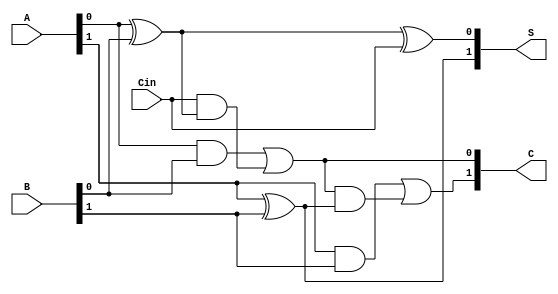
module dynamic_carry_save_adder (
    input  [1:0] A,      // Operand A
    input  [1:0] B,      // Operand B
    input  Cin,          // Carry-in
    output [1:0] S,      // Sum output
    output [1:0] C       // Carry output
);

    wire [1:0] partial_sum; // Intermediate sum
    wire [1:0] carry_out;    // Intermediate carry

    // Calculate partial sums using XOR
    assign partial_sum[0] = A[0] ^ B[0] ^ Cin;  // S[0] = A[0] XOR B[0] XOR Cin
    assign partial_sum[1] = A[1] ^ B[1];          // S[1] = A[1] XOR B[1]

    // Calculate carry outputs using AND and OR gates
    assign carry_out[0] = (A[0] & B[0]) | (Cin & (A[0] ^ B[0])); // C[0]
    assign carry_out[1] = (A[1] & B[1]) | (carry_out[0] & (A[1] ^ B[1])); // C[1]

    // Assign outputs
    assign S = partial_sum;
    assign C = carry_out;

endmodule